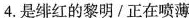
4.是绯红的黎明/正在喷薄